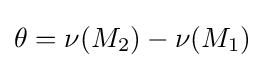
\theta =\nu (M_{2})-\nu (M_{1})